Plague in India, 1896, 1897 - Volume 1
Year: 1896
Disease focus: Plague
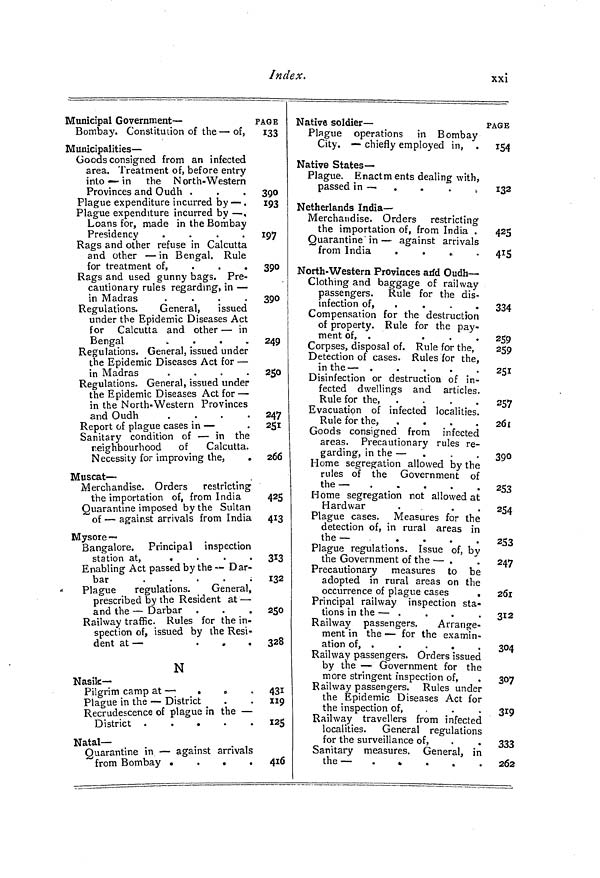
Index.
xxi
Municipal Government —
PA
Bombay. Constitution of the — of,
Municipalities —
Goods consigned from an infected
area. Treatment of, before entry
into — in the N orth-Western
Provinces and Oudh .
Plague expenditure incurred by — .
Plague expenditure incurred by — ,
Loans for, made in the Bombay
Presidency
.
.
.
.
Rags and other refuse in Calcutta
and other — in Bengal. Rule
for treatment of,
...
Rags and used gunny bags. Pre-
cautionary rules regarding, in —
in Madras
.
.
.
.
Regulations.
General,
issued
under the Epidemic Diseases Act
for Calcutta and other — in
Bengal
. . . . .
Regulations. General, issued under
the Epidemic Diseases Act for —
in Madras
.
.
.
.
Regulations. General, issued under
the Epidemic Diseases Act for —
in the North-Western Provinces
and Oudh
.
.
.
.
Report of plague cases in —
Sanitary condition of — in the
neighbourhood
of
Calcutta.
Necessity for improving the,
Muscat —
Merchandise. Orders restricting
the importation of, from India
Quarantine imposed by the Sultan
of — against arrivals from India
Mysore —
Bangalore. Principal inspection
station a t , .
.
.
.
Enabling Act passed by the — Dar-
bar
.
.
.
.
.
*
Plague
regulations.
General,
prescribed by the Resident at —
and the — Darbar
Railway traffic. Rules for the in-
spection of, issued by the Resi-
dent at —
. . .
N
Nasik—
Pilgrim camp at —
.
Plague in the — District
Recrudescence of plague in the —
District
Natal-
Quarantine in — against arrivals
from Bombay .
.
.
iGE
133
390
193
197
390
390
249
250
247
251
266
425
413
313
132
250
328
431
119
125
4l6
Native soldier —
Plague operations in Bombay
City. — chiefly employed in,
Native States —
Plague. Enactments dealing with,
passed in —
Netherlands India —
Merchandise. Orders restricting
the importation of, from India .
Quarantine' in — against arrivals
from India
. . . . .
North- Western Provinces and Oudh —
Clothing and baggage of railway
passengers. Rule for the dis-
infection of,
.
.
Compensation for the destruction
of property. Rule for the pay-
ment of, .
.
.
.
Corpses, disposal of. Rule for the,
Detection of cases. Rules for the,
in the —
Disinfection or destruction of in-
fected dwellings and articles.
Rule for the, .
.
.
.
Evacuation of infected localities.
Rule for the,
.
.
.
.
Goods consigned from infected
areas. Precautionary rules re-
garding, in the — .
.
,
Home segregation allowed by the
rules of the Government of
the —
Home segregation not allowed at
Hardwar
Plague cases. Measures for the
detection of, in rural areas in
the —
.
.
.
.
Plague regulations. Issue of, bv
the Government of the — .
Precautionary
measures to be
adopted in rural areas on the
occurrence of plague cases
.
Principal railway inspection sta-
tions in the — .
Railway passengers.
Arrange-
ment in the — for the examin-
ation of, .
.
.
.
Railway passengers. Orders issued
by the — Government for the
more stringent inspection of,
Railway passengers. Rules under
the Epidemic Diseases Act for
the inspection of,
Railway travellers from infectée
localities. General regulations
for the surveillance of,
Sanitary measures. General, ir
the—
»
'AGE
154
132
425
415
334
259
259
251
257
261
390
253
254
253
247
261
312
304
307
319
[
333
i
262